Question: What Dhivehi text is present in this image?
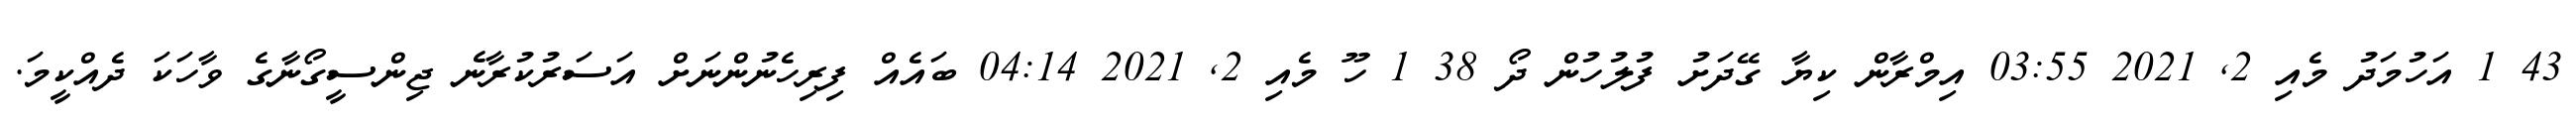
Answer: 43 1 އަހުމަދު މެއި 2, 2021 03:55 އިމްރާން ކިޔާ ގޭދަށު ފުލުހުން ދޯ 38 1 ހޫ މެއި 2, 2021 04:14 ބައެއް ފިރިހެނުންނަށް އަސަރުކުރާނެ ޖިންސީގޯނާގެ ވާހަކަ ދެއްކީމަ.